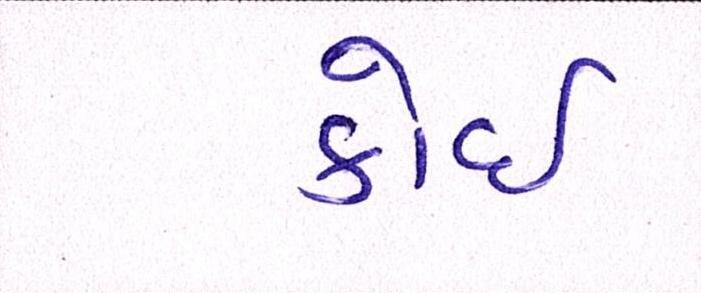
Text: કોઈ